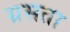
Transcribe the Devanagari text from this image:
ग्रसता